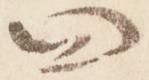
四